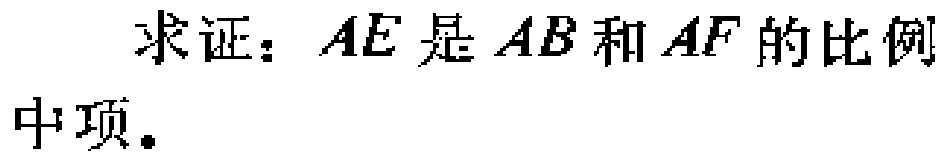
求证：\(AE\)是\(AB\)和\(AF\)的比例中项。